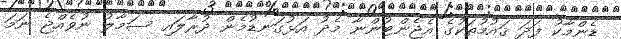
ޑެންމާކު ފަދަ ޤައުމުތަކުގެ އެޖެންޓުންނާ މެދު އަޅުގަނޑުމެން ދުރާލައި ސަމާލު ނުވެއްޖެ ނަމަ